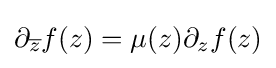
\partial _{\overline {z}}f(z)=\mu (z)\partial _{z}f(z)